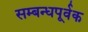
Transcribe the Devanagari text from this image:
सम्बन्धपूर्वक